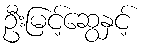
ဦးမြင့်ဆွေနှင့်